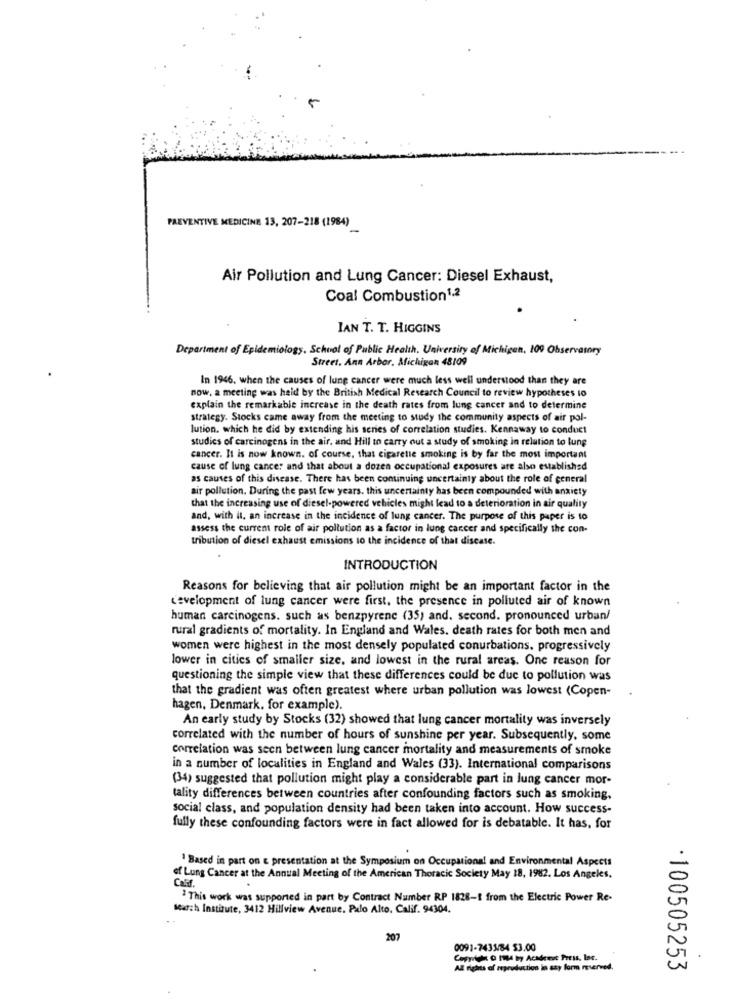
PREVENTIVE MEDICINE 13, 207-218 (1984)
Air Pollution and Lung Cancer: Diesel Exhaust,
Coal Combustion1.2
IAN T. T. HIGGINS
Department of Epidemiology, School of Public Health. University of Michigan, 100 Observatory
Street. Ann Arbor. Michigan 48109
In 1946. when the causes of lung cancer were much less well understood than they are
now, a meeting was held by the British Medical Research Council to review hypotheses to
explain the remarkable increase in the death rates from lung cancer and to determine
strategy. Stocks came away from the meeting to study the community aspects of air pol-
lution, which he did by extending his series of correlation studies. Kennaway to conduct
studies of carcinogens in the air, and Hill to carry out a study of smoking in relation to lung
cancer. It is now known. of course, that cigarette smoking is by far the most important
cause of lung cancer and that about a dozen occupational exposures are also established
as causes of this disease. There has been continuing uncertainty about the role of general
air pollution. During the past few years. this uncertainty has been compounded with anxiety
that the increasing use of diesel-powered vehicles might lead to a deterioration in air quality
and, with it, an increase in the incidence of lung cancer. The purpose of this paper is to
assess the current role of air pollution as a factor in lung cancer and specifically the con-
tribution of diesel exhaust emissions to the incidence of that discase.
INTRODUCTION
Reasons for believing that air pollution might be an important factor in the
development of lung cancer were first, the presence in polluted air of known
human carcinogens, such as benzpyrene (35) and. second. pronounced urban/
rural gradients of mortality. In England and Wales, death rates for both men and
women were highest in the most densely populated conurbations. progressively
lower in cities of smaller size, and lowest in the rural areas. One reason for
questioning the simple view that these differences could be due to pollution was
that the gradient was often greatest where urban pollution was lowest (Copen-
hagen, Denmark, for example).
An early study by Stocks (32) showed that lung cancer mortality was inversely
correlated with the number of hours of sunshine per year. Subsequently, some
correlation was seen between lung cancer mortality and measurements of smoke
in a number of localities in England and Wales (33). International comparisons
(34) suggested that pollution might play a considerable part in lung cancer mor-
tality differences between countries after confounding factors such as smoking,
social class, and population density had been taken into account. How success-
fully these confounding factors were in fact allowed for is debatable. It has, for
" Based in part on E presentation at the Symposium on Occupational and Environmental Aspects
of Lung Cancer at the Annual Meeting of the American Thoracic Society May 18, 1982. Los Angeles.
Cald.
This work was supported in part by Contract Number RP 1828-1 from the Electric Power Re-
search Institute, 3412 Hillview Avenue. Palo Alto, Calif. 94304.
207
0091-7435/84 53.00
Corrida o led by Acident Press, bor.
All rights of reproduction in szy form reserved.
·100505253